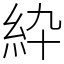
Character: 紣